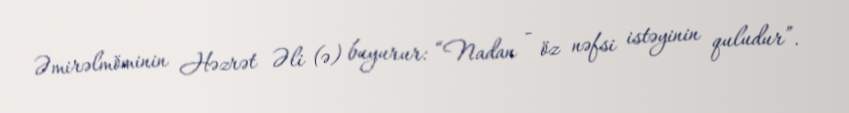
Əmirəlmöminin Həzrət Əli (ə) buyurur: “Nadan - öz nəfsi istəyinin quludur”.